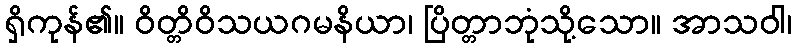
ရှိကုန်၏။ ဝိတ္တိဝိသယဂမနိယာ၊ ပြိတ္တာဘုံသို့သော။ အာသဝါ၊